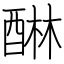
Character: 醂